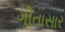
ગીતાસાર